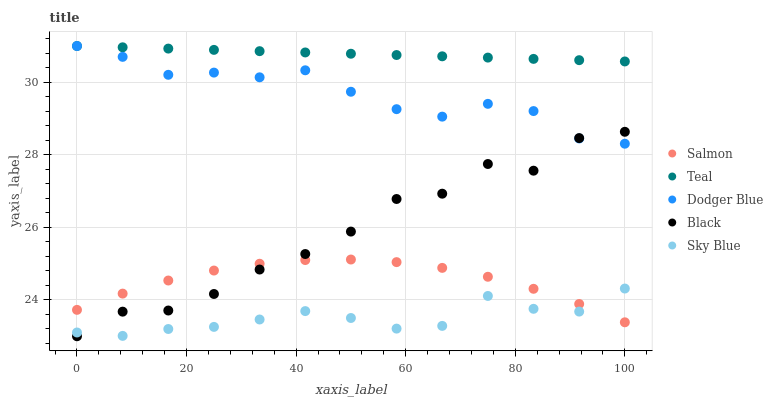
| xaxis_label | Salmon | Teal | Dodger Blue | Black | Sky Blue |
 | --- | --- | --- | --- | --- | --- |
 | 0 | 23.7 | 31 | 31 | 23 | 23.1 |
 | 8.33 | 24.2 | 31 | 30.7 | 23.7 | 23 |
 | 16.7 | 24.5 | 30.9 | 30.2 | 23.7 | 23.2 |
 | 25 | 24.8 | 30.9 | 30.3 | 24.2 | 23.3 |
 | 33.3 | 25 | 30.9 | 30.1 | 24.8 | 23.5 |
 | 41.7 | 25.1 | 30.8 | 30.3 | 25.3 | 23.7 |
 | 50 | 25.1 | 30.8 | 29.7 | 25.9 | 23.5 |
 | 58.3 | 25 | 30.8 | 29.3 | 26.8 | 23.2 |
 | 66.7 | 24.9 | 30.7 | 29.1 | 26.9 | 23.3 |
 | 75 | 24.6 | 30.7 | 29.4 | 27.7 | 24.1 |
 | 83.3 | 24.3 | 30.6 | 29.2 | 27.6 | 23.8 |
 | 91.7 | 23.9 | 30.6 | 28.5 | 28.5 | 23.7 |
 | 100 | 23.4 | 30.6 | 28.3 | 28.6 | 24.3 |